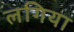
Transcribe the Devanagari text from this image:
लगिया